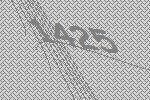
1425